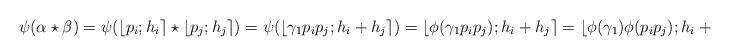
LaTeX: \begin{align*}\psi(\alpha \star \beta) = \psi(\lfloor p_{i}; h_{i} \rceil \star \lfloor p_{j}; h_{j} \rceil ) = \psi( \lfloor \gamma_{1} p_{i}p_{j}; h_{i} + h_{j} \rceil) = \lfloor \phi(\gamma_{1}p_{i}p_{j}); h_{i} + h_{j} \rceil = \lfloor \phi(\gamma_{1})\phi(p_{i}p_{j}); h_{i} + h_{j} \rceil. \end{align*}